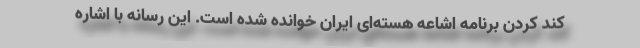
کند کردن برنامه اشاعه هسته‌ای ایران خوانده شده است. این رسانه با اشاره